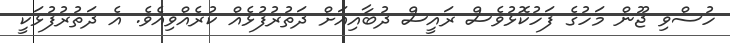
ހުސްވި ޖޫން މަހުގެ ފަހުކޮޅުވެސް ރައީސް ދުބާއިއަށް ދަތުރުފުޅެއް ކުރެއްވިއެވެ. އެ ދަތުރުފުޅަކީ